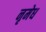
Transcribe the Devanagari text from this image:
नृमेध